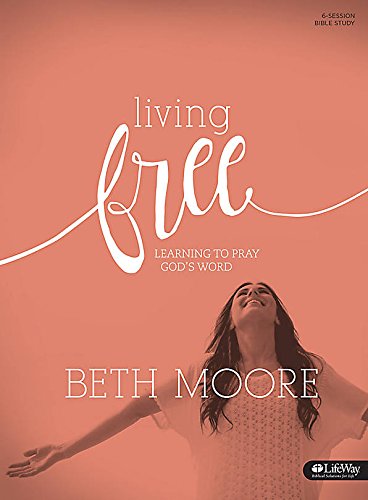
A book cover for Living Free: Learning to Pray God's Word, Revised (Member Book); Rhonda Kelley; Christian Books & Bibles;